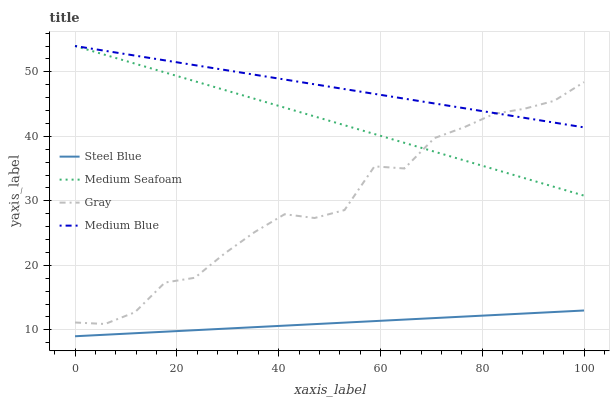
| xaxis_label | Steel Blue | Medium Seafoam | Gray | Medium Blue |
 | --- | --- | --- | --- | --- |
 | 0 | 9 | 54 | 11.1 | 54 |
 | 5.88 | 9.23 | 52.6 | 10.9 | 53.3 |
 | 11.8 | 9.47 | 51.3 | 12.7 | 52.5 |
 | 17.6 | 9.7 | 49.9 | 17.3 | 51.8 |
 | 23.5 | 9.94 | 48.5 | 18.1 | 51 |
 | 29.4 | 10.2 | 47.2 | 21.9 | 50.3 |
 | 35.3 | 10.4 | 45.8 | 25.2 | 49.5 |
 | 41.2 | 10.6 | 44.4 | 27.9 | 48.8 |
 | 47.1 | 10.9 | 43.1 | 27.3 | 48.1 |
 | 52.9 | 11.1 | 41.7 | 28.6 | 47.3 |
 | 58.8 | 11.3 | 40.4 | 35.3 | 46.6 |
 | 64.7 | 11.6 | 39 | 35 | 45.8 |
 | 70.6 | 11.8 | 37.6 | 39.7 | 45.1 |
 | 76.5 | 12.1 | 36.3 | 41.4 | 44.4 |
 | 82.4 | 12.3 | 34.9 | 43.5 | 43.6 |
 | 88.2 | 12.5 | 33.5 | 44.3 | 42.9 |
 | 94.1 | 12.8 | 32.2 | 45.5 | 42.1 |
 | 100 | 13 | 30.8 | 48.4 | 41.4 |